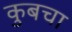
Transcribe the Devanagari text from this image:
कुबचा